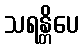
သရန္တိပေ